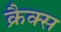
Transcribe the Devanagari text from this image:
क्रैक्‍स